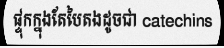
ផ្ទុកក្នុងតែបៃតងដូចជា catechins